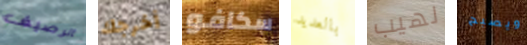
الرصيف أخرجك سكافو بالعديد لهيب ويصبح